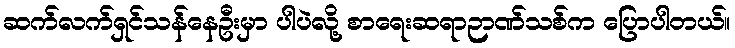
ဆက်လက်ရှင်သန်နေဦးမှာ ပါပဲလို့ စာရေးဆရာဉာဏ်သစ်က ပြောပါတယ်။